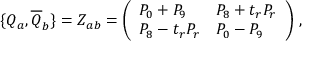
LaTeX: \{ { \cal { Q } } _ { a } , { \overline { { { \cal { Q } } } } } _ { b } \} = { \cal { Z } } _ { a b } = \left( \begin{array} { l l } { { P _ { 0 } + P _ { 9 } } } & { { P _ { 8 } + t _ { r } P _ { r } } } \\ { { P _ { 8 } - t _ { r } P _ { r } } } & { { P _ { 0 } - P _ { 9 } } } \end{array} \right) \, ,